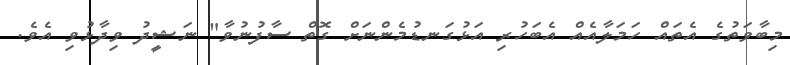
މިބާވަތުގެ އެތައް ހަމަލާއެއް އެބަހުރި އަޅުގަނޑުމެންނަށް ގޮތް ސާފުނުވާ" ނަޝީދު ވިދާޅުވި އެވެ.